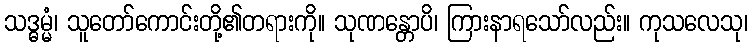
သဒ္ဓမ္မံ၊ သူတော်ကောင်းတို့၏တရားကို။ သုဏန္တောပိ၊ ကြားနာရသော်လည်း။ ကုသလေသု၊